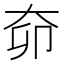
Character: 奅